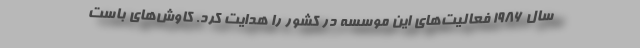
سال ۱۹۸۶ فعالیت‌های این موسسه در کشور را هدایت کرد. کاوش‌های باست